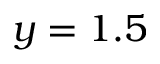
y = 1 . 5